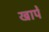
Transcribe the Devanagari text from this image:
खापें